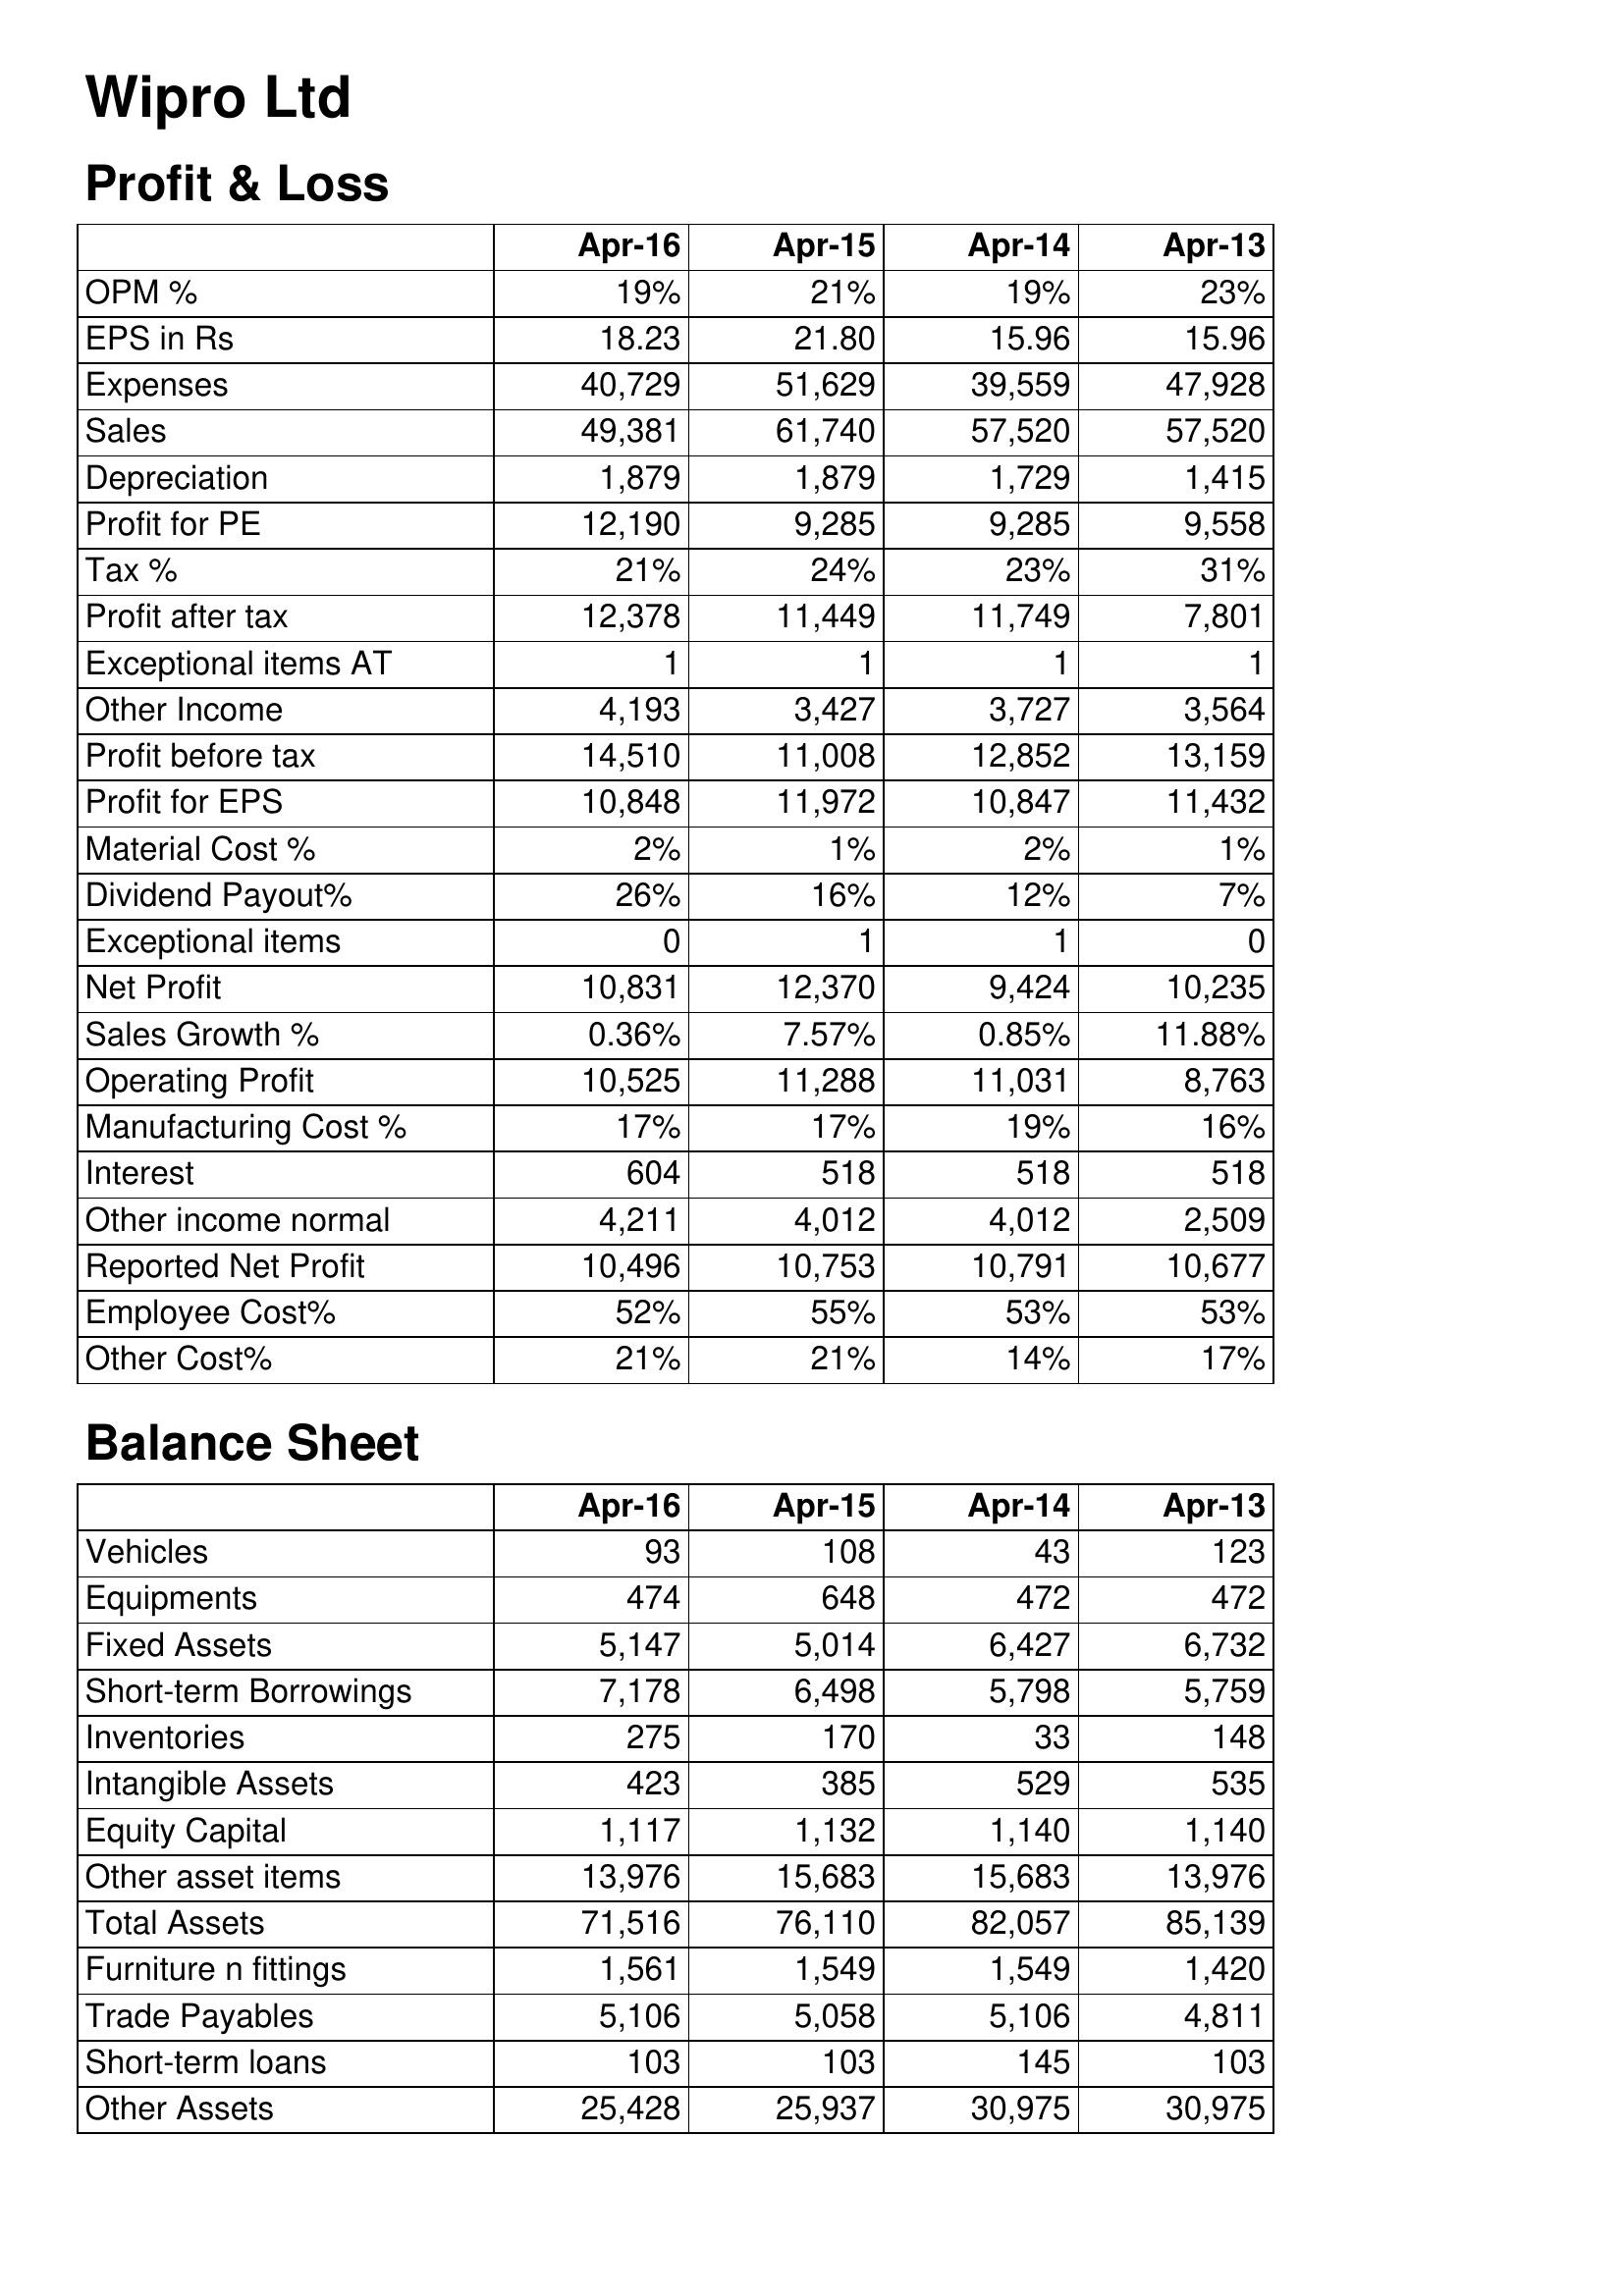
Apr-16: Profit & Loss: OPM %: 19%
EPS in Rs: 18.23
Expenses: 40,729
Sales: 49,381
Depreciation: 1,879
Profit for PE: 12,190
Tax %: 21%
Profit after tax: 12,378
Exceptional items AT: 1
Other Income: 4,193
Profit before tax: 14,510
Profit for EPS: 10,848
Material Cost %: 2%
Dividend Payout%: 26%
Exceptional items: 0
Net Profit: 10,831
Sales Growth %: 0.36%
Operating Profit: 10,525
Manufacturing Cost %: 17%
Interest: 604
Other income normal: 4,211
Reported Net Profit: 10,496
Employee Cost%: 52%
Other Cost%: 21%
Balance Sheet: Vehicles: 93
Equipments: 474
Fixed Assets: 5,147
Short-term Borrowings: 7,178
Inventories: 275
Intangible Assets: 423
Equity Capital: 1,117
Other asset items: 13,976
Total Assets: 71,516
Furniture n fittings: 1,561
Trade Payables: 5,106
Short-term loans: 103
Other Assets: 25,428
Apr-15: Profit & Loss: OPM %: 21%
EPS in Rs: 21.80
Expenses: 51,629
Sales: 61,740
Depreciation: 1,879
Profit for PE: 9,285
Tax %: 24%
Profit after tax: 11,449
Exceptional items AT: 1
Other Income: 3,427
Profit before tax: 11,008
Profit for EPS: 11,972
Material Cost %: 1%
Dividend Payout%: 16%
Exceptional items: 1
Net Profit: 12,370
Sales Growth %: 7.57%
Operating Profit: 11,288
Manufacturing Cost %: 17%
Interest: 518
Other income normal: 4,012
Reported Net Profit: 10,753
Employee Cost%: 55%
Other Cost%: 21%
Balance Sheet: Vehicles: 108
Equipments: 648
Fixed Assets: 5,014
Short-term Borrowings: 6,498
Inventories: 170
Intangible Assets: 385
Equity Capital: 1,132
Other asset items: 15,683
Total Assets: 76,110
Furniture n fittings: 1,549
Trade Payables: 5,058
Short-term loans: 103
Other Assets: 25,937
Apr-14: Profit & Loss: OPM %: 19%
EPS in Rs: 15.96
Expenses: 39,559
Sales: 57,520
Depreciation: 1,729
Profit for PE: 9,285
Tax %: 23%
Profit after tax: 11,749
Exceptional items AT: 1
Other Income: 3,727
Profit before tax: 12,852
Profit for EPS: 10,847
Material Cost %: 2%
Dividend Payout%: 12%
Exceptional items: 1
Net Profit: 9,424
Sales Growth %: 0.85%
Operating Profit: 11,031
Manufacturing Cost %: 19%
Interest: 518
Other income normal: 4,012
Reported Net Profit: 10,791
Employee Cost%: 53%
Other Cost%: 14%
Balance Sheet: Vehicles: 43
Equipments: 472
Fixed Assets: 6,427
Short-term Borrowings: 5,798
Inventories: 33
Intangible Assets: 529
Equity Capital: 1,140
Other asset items: 15,683
Total Assets: 82,057
Furniture n fittings: 1,549
Trade Payables: 5,106
Short-term loans: 145
Other Assets: 30,975
Apr-13: Profit & Loss: OPM %: 23%
EPS in Rs: 15.96
Expenses: 47,928
Sales: 57,520
Depreciation: 1,415
Profit for PE: 9,558
Tax %: 31%
Profit after tax: 7,801
Exceptional items AT: 1
Other Income: 3,564
Profit before tax: 13,159
Profit for EPS: 11,432
Material Cost %: 1%
Dividend Payout%: 7%
Exceptional items: 0
Net Profit: 10,235
Sales Growth %: 11.88%
Operating Profit: 8,763
Manufacturing Cost %: 16%
Interest: 518
Other income normal: 2,509
Reported Net Profit: 10,677
Employee Cost%: 53%
Other Cost%: 17%
Balance Sheet: Vehicles: 123
Equipments: 472
Fixed Assets: 6,732
Short-term Borrowings: 5,759
Inventories: 148
Intangible Assets: 535
Equity Capital: 1,140
Other asset items: 13,976
Total Assets: 85,139
Furniture n fittings: 1,420
Trade Payables: 4,811
Short-term loans: 103
Other Assets: 30,975